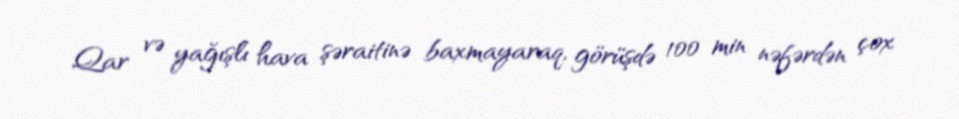
Qar və yağışlı hava şəraitinə baxmayaraq, görüşdə 100 min nəfərdən çox